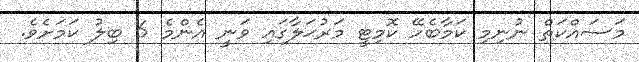
މަސައްކަތް ނުނިމި ކަމާބެހޭ ކޮމިޓީ މަރުޙަލާގައި ވަނީ އެންމެ 6 ބިލު ކަމަށެވެ.